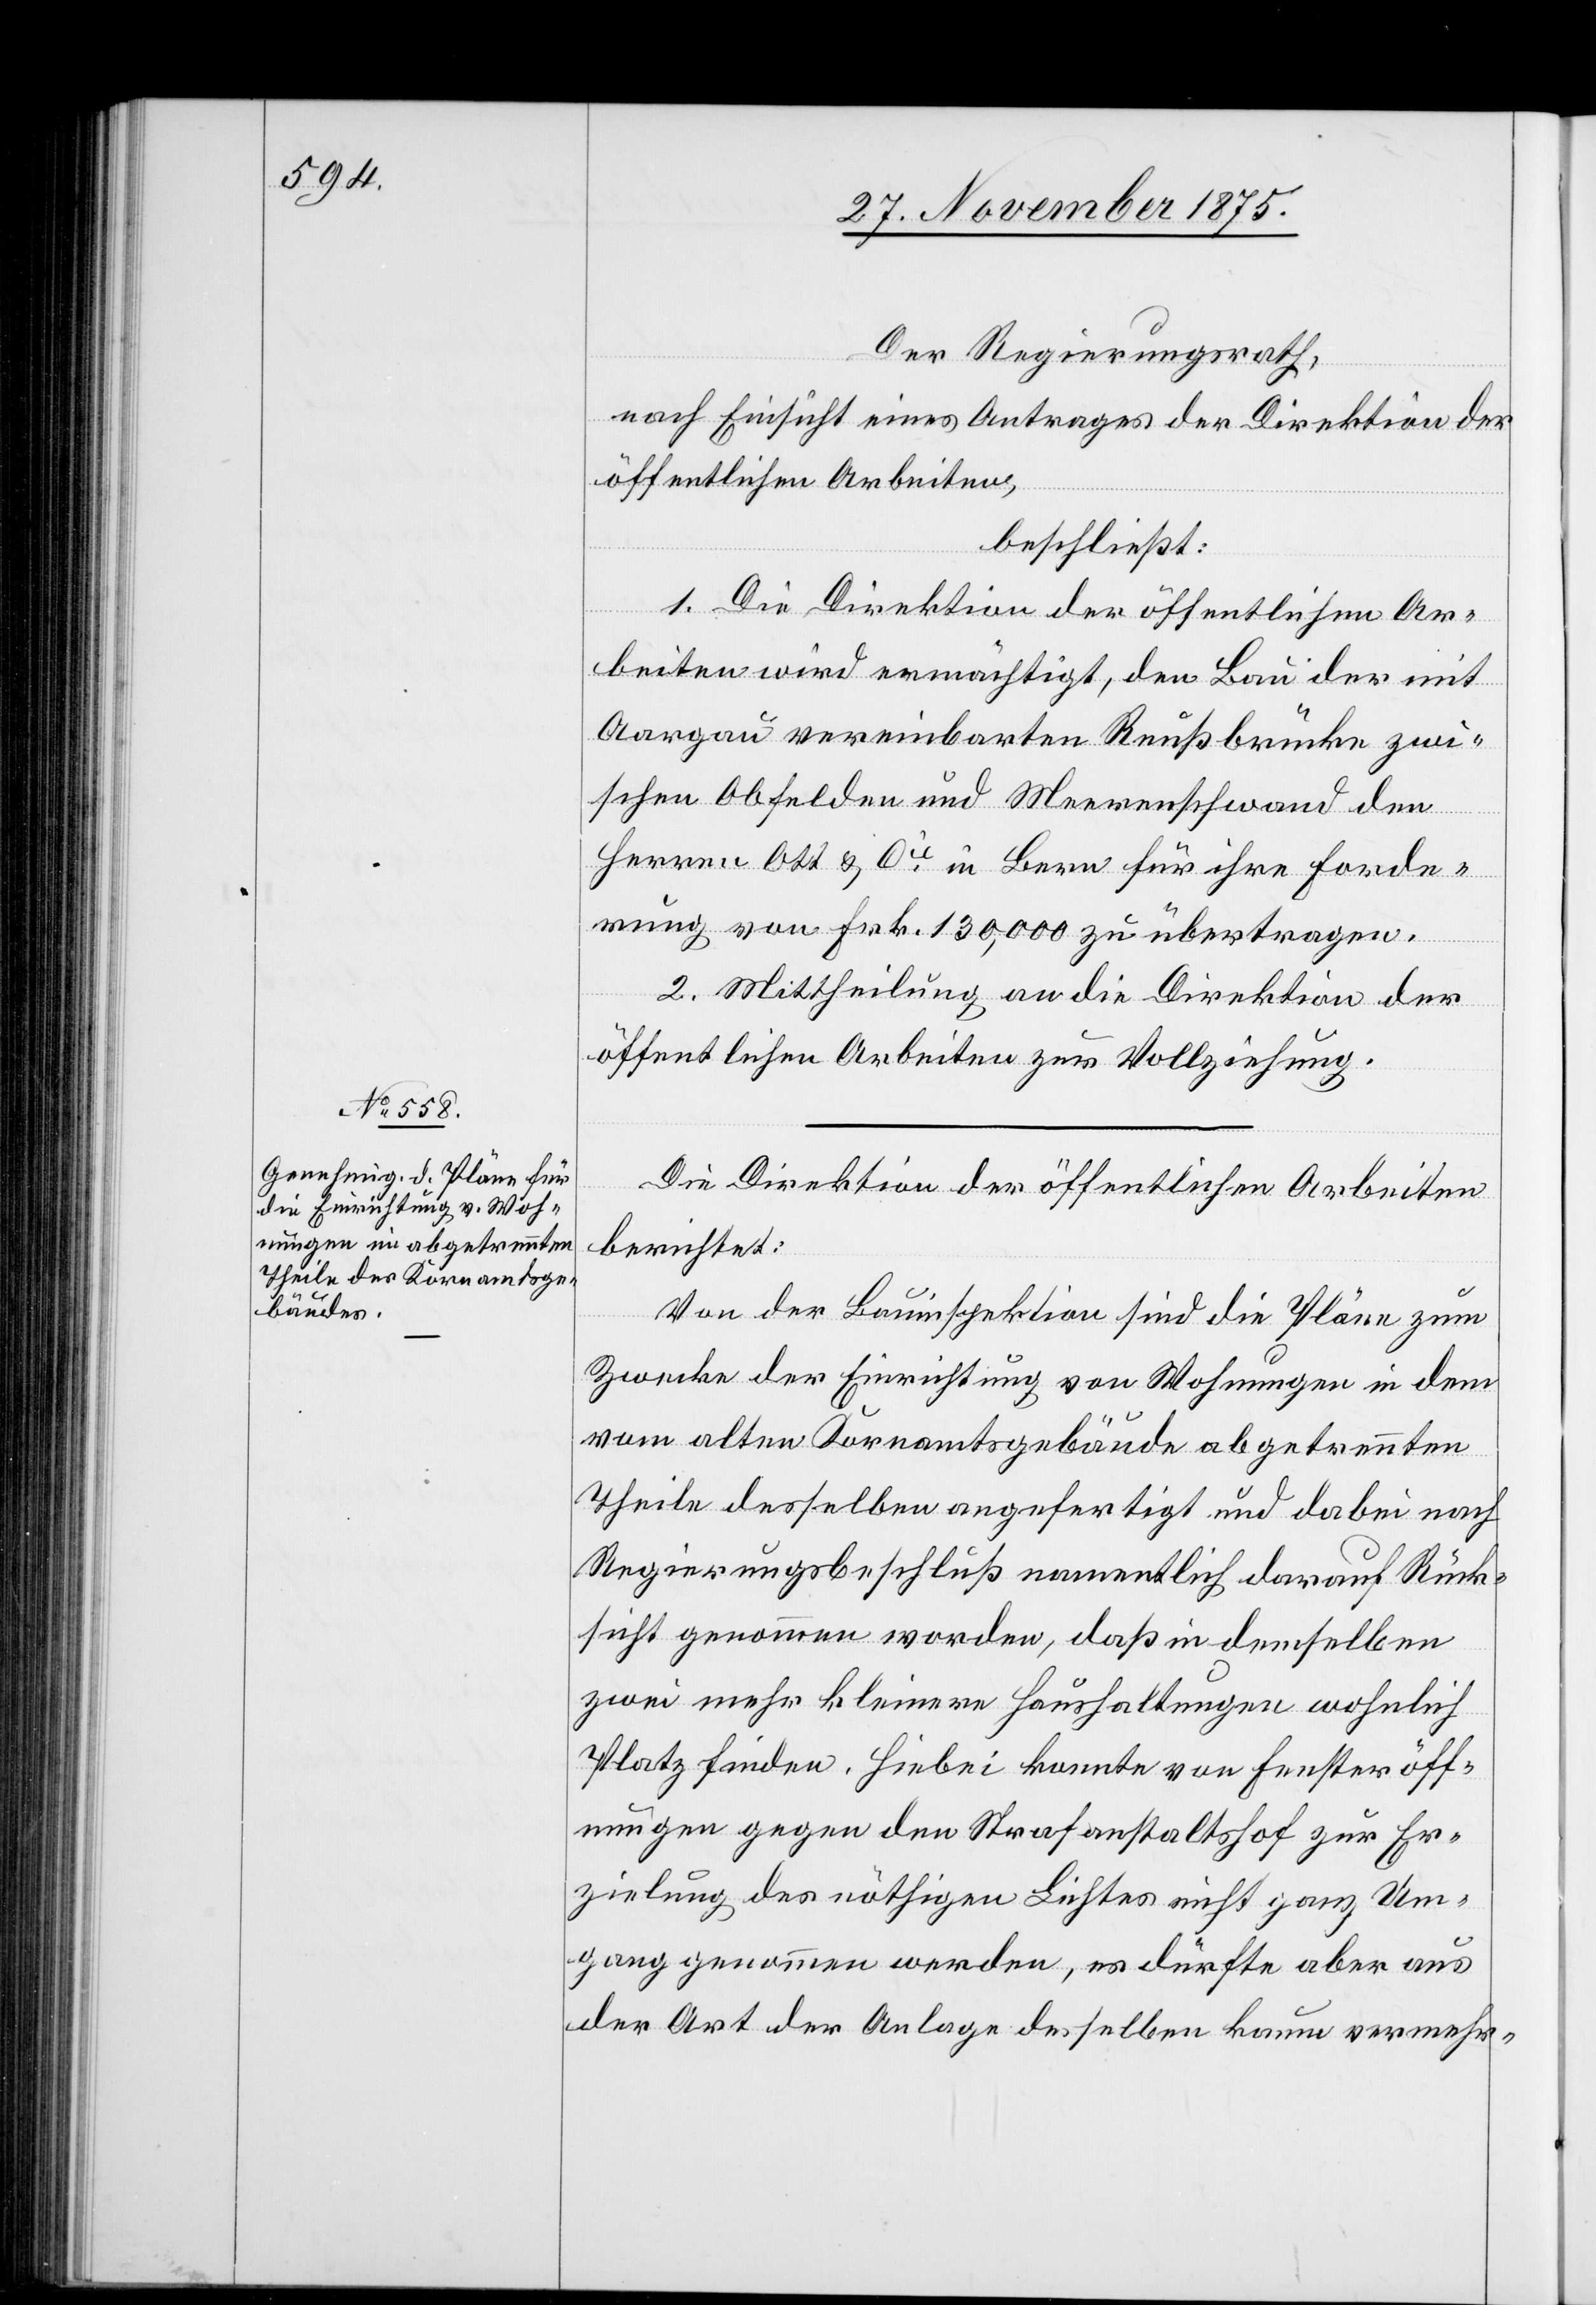
Der Regierungsrath,
nach Einsicht eines Antrages der Direktion der
öffentlichen Arbeiten,
beschließt:
1. Die Direktion der öffentlichen Ar¬
beiten wird ermächtigt, den Bau der mit
Aargau vereinbarten Reußbrücke zwi¬
schen Obfelden und Meerenschwand den
Herren Ott & Cie in Bern für ihre Forde¬
rung von Frk. 130,000 zu übertragen.
2. Mittheilung an die Direktion der
öffentlichen Arbeiten zur Vollziehung.
Die Direktion der öffentlichen Arbeiten
berichtet:
Von der Bauinspektion sind die Pläne zum
Zwecke der Einrichtung von Wohnungen in dem
vom alten Kornamtsgebäude abgetrennten
Theile desselben angefertigt und dabei nach
Regierungsbeschluß namentlich darauf Rück¬
sicht genommen worden, daß in demselben
zwei mehr kleinere Haushaltungen wohnlich
Platz finden. Hiebei konnte von Fensteröff¬
nungen gegen den Strafanstaltshof zur Er¬
zielung des nöthigen Lichtes nicht ganz Um¬
gang genommen werden, es dürfte aber aus
der Art der Anlage desselben kaum vermehr-